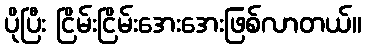
ပိုပြီး ငြိမ်းငြိမ်းအေးအေးဖြစ်လာတယ်။